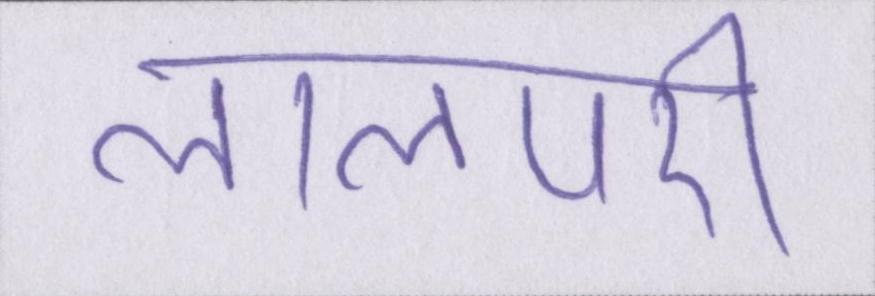
लालपरी